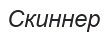
Скиннер